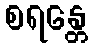
စရန္တေ